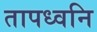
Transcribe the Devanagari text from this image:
तापध्वनि